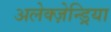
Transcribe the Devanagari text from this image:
अलेक्ज़ेन्ड्रिया